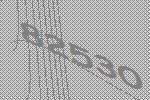
82530